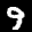
Label: 9